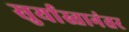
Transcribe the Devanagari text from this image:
सुर्यास्तानंतर